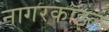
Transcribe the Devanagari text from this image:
नागरकॉइल